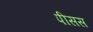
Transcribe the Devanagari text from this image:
पीसस